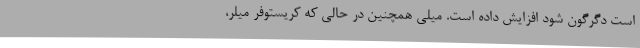
است دگرگون شود افزایش داده است. میلی همچنین در حالی که کریستوفر میلر،